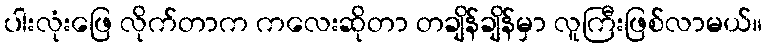
ပါးလုံးဖြေ လိုက်တာက ကလေးဆိုတာ တချိန်ချိန်မှာ လူကြီးဖြစ်လာမယ်။